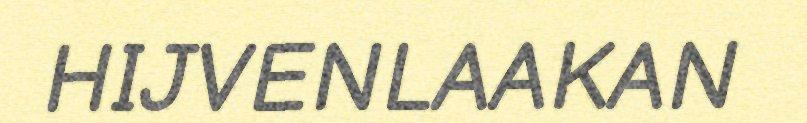
HIJVENLAAKAN